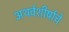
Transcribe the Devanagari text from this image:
अथर्वशीर्षाचे